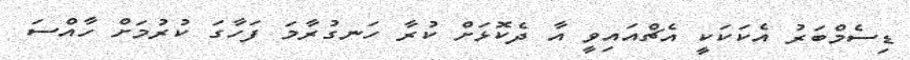
ޑިސެމްބަރު އެކަކަކީ އެޗްއައިވީ އާ ދެކޮޅަށް ކުރާ ހަނގުރާމަ ފަހާގަ ކުރުމަށް ހާއްސަ